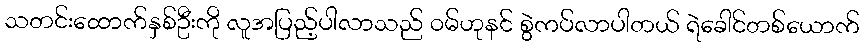
သတင်းထောက်နှစ်ဦးကို လူအပြည့်ပါလာသည် ဝမ်ဟုနင် စွဲကပ်လာပါတယ် ရဲခေါင်တစ်ယောက်